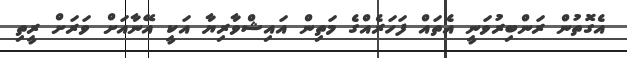
އެގޮތުން ރަންބިރުވަނީ އެތައް ފަހަރެއްގެ މަތިން އައިޝްވާރިޔާ އަކީ އޭނާއަށް ވަރަށް ރީތި